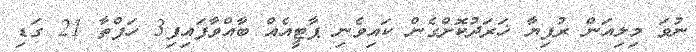
ނުވަ މިލިއަން ރުފިޔާ ޚަރަދުކޮށްގެން ކައިވެނި ޕާޓީއެއް ބާއްވާފައިފި3 ހަފްތާ 21 ގަޑި